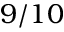
9 / 1 0